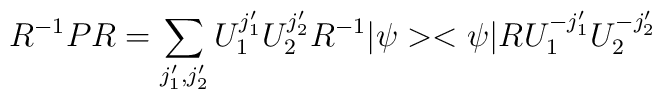
R^{-1}PR=\sum_{j'_1,j'_2}U_1^{j'_1}U_2^{j'_2}R^{-1}|\psi><\psi|R U_1^{-j'_1}U_2^{-j'_2}